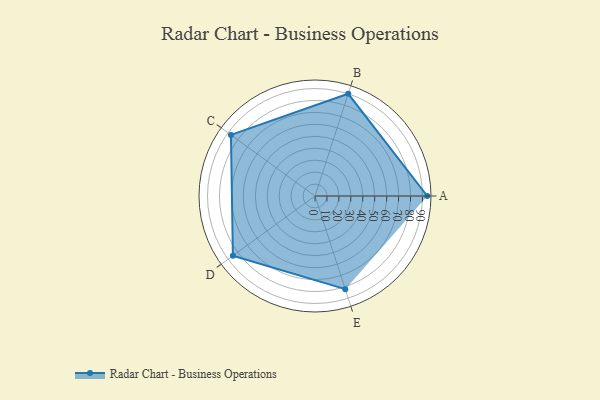
{"axis": {"x": "Skill", "y": "Score"}, "legend": ["Profile"], "data": [{"x": "A", "y": 94.0, "type": "Profile"}, {"x": "B", "y": 90.0, "type": "Profile"}, {"x": "C", "y": 87.0, "type": "Profile"}, {"x": "D", "y": 85.0, "type": "Profile"}, {"x": "E", "y": 82.0, "type": "Profile"}]}